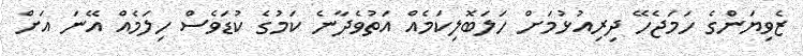
ޒެވިޔަންގެ ހަމަޖެހޭ ދިރިއުޅުމަށް ހަލަބޮލިކަމެއް އަތުވެދާނެ ކަމުގެ ކުޑަވެސް ހިލަމެއް އޭނަ އަށް